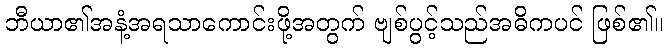
ဘီယာ၏အနံ့အရသာကောင်းဖို့အတွက် ဗျစ်ပွင့်သည်အဓိကပင် ဖြစ်၏။